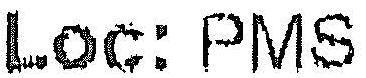
LOC: PMS